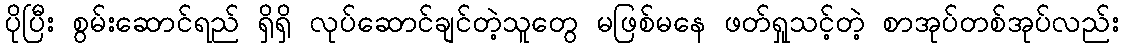
ပိုပြီး စွမ်းဆောင်ရည် ရှိရှိ လုပ်ဆောင်ချင်တဲ့သူတွေ မဖြစ်မနေ ဖတ်ရှုသင့်တဲ့ စာအုပ်တစ်အုပ်လည်း